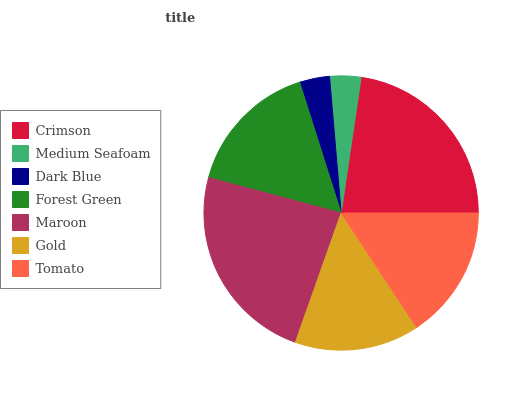
| Crimson | Medium Seafoam | Dark Blue | Forest Green | Maroon | Gold | Tomato |
 | --- | --- | --- | --- | --- | --- | --- |
 | 22.6% | 3.68% | 3.55% | 15.9% | 23.7% | 14.7% | 15.7% |